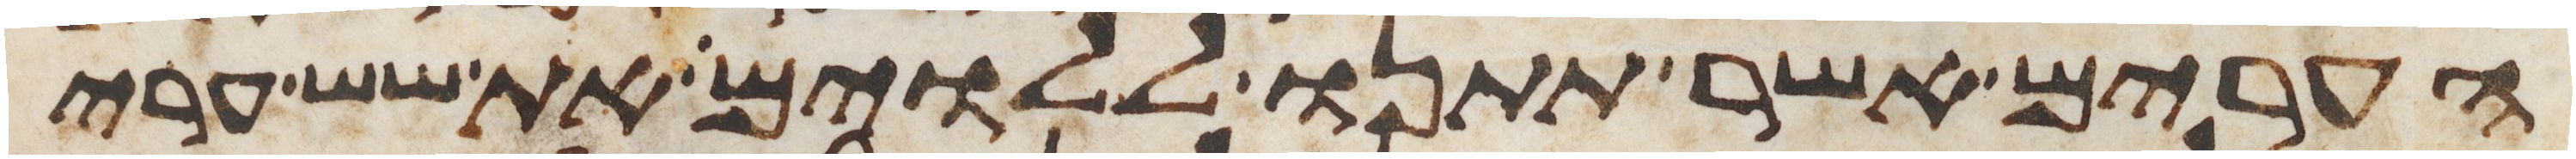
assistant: הערים אשר תתנו ללוים את שש ערי